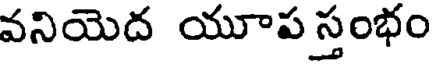
వనియెద యూప స్తంభం